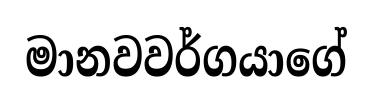
මානවවර්ගයාගේ